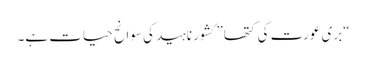
“بری عورت کی کتھا” کشور ناہید کی سوانح حیات ہے۔